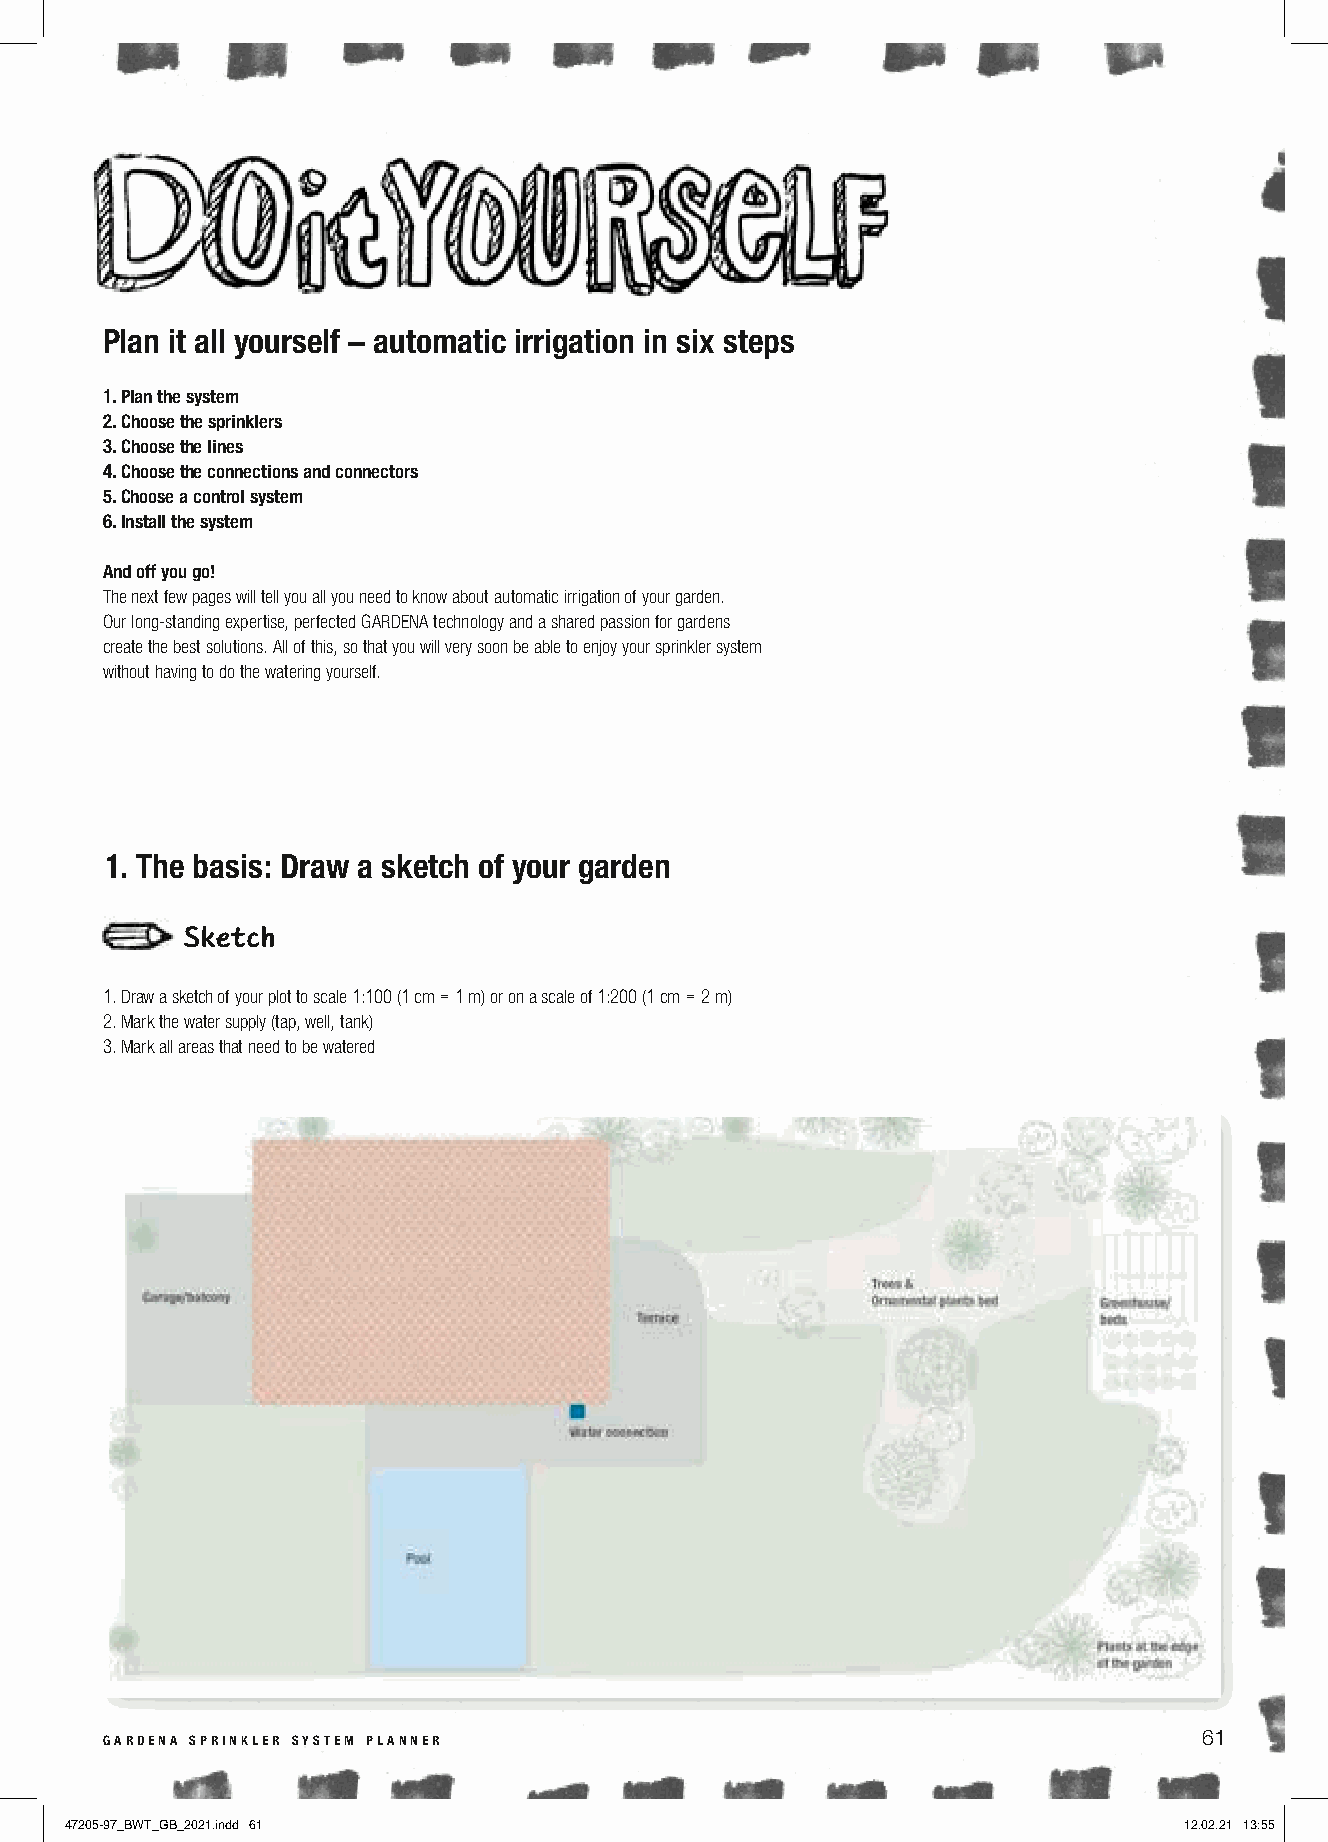
Plan it all yourself – automatic irrigation in six steps
 1. Plan the system
 2. Choose the sprinklers
 3. Choose the lines
 4. Choose the connections and connectors
 5. Choose a control system
 6. Install the system
 And off you go!
 The next few pages will tell you all you need to know about automatic irrigation of your garden.
 Our long-standing expertise, perfected GARDENA technology and a shared passion for gardens
 create the best solutions. All of this, so that you will very soon be able to enjoy your sprinkler system
 without having to do the watering yourself.
 1. The basis: Draw a sketch of your garden
 Sketch
 1. Draw a sketch of your plot to scale 1:100 (1 cm = 1 m) or on a scale of 1:200 (1 cm = 2 m)
 2. Mark the water supply (tap, well, tank)
 3. Mark all areas that need to be watered
 gardena sprinkler system planner                                         61
 47205-97_BWT_GB_2021.indd 61                                              12.02.21 13:55